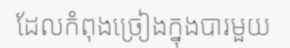
ដែលកំពុងច្រៀងក្នុងបារមួយ